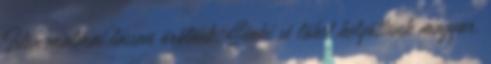
Isten malmai lassan õrölnek. Sénki sé löhet helyöttünk magyar.